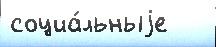
социа́льныjе